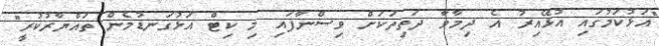
"އަޅުކަމުގައި އުޅޭއިރު އެ ދިމާވާ ދަތިތަކަށް ވިސްނާފައި މި ކިޓް އަޅުގަނޑުމެން ތައްޔާރުކުރީ"